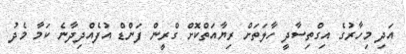
އަދި މިހާރުގެ އިގްތިސާދީ ހާލަތަށް ރިޔާއަތްކޮށް ގްރީން ފަންޑް އުފެއްދިދާނެ ކަމާ މެދު